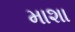
માશા